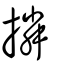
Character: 撛